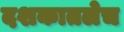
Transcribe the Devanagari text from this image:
दशकातलेच